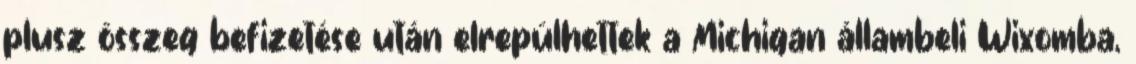
plusz összeg befizetése után elrepülhettek a Michigan állambeli Wixomba,